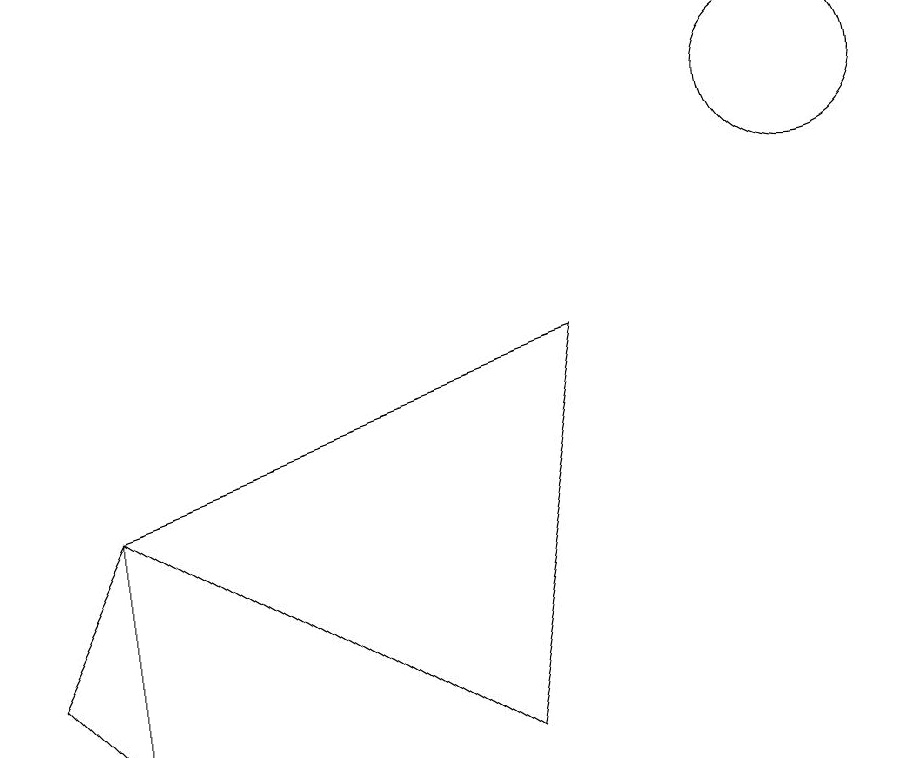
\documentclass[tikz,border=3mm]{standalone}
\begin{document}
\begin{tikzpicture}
\draw (10,10) circle (1);
\draw (1,2) -- (1,5) -- (0,3) -- cycle;
\draw (10,11) circle (0);
\draw (1,5) -- (7,7) -- (6,2) -- cycle;
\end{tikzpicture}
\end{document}